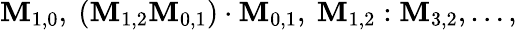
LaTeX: \mathbf{M}_{1,0},~(\mathbf{M}_{1,2}\mathbf{M}_{0,1})\cdot\mathbf{M}_{0,1},~\mathbf{M}_{1,2}:\mathbf{M}_{3,2},\ldots,